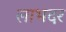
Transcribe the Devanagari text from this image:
लाभदर